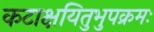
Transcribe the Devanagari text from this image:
कटाक्षयितुभुपक्रमः